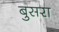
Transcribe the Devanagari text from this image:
बुसरा